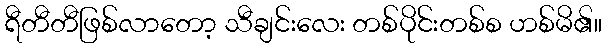
ရီတီတီဖြစ်လာတော့ သီချင်းလေး တစ်ပိုင်းတစ်စ ဟစ်မိ၏။